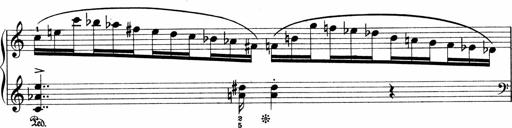
Title: Sonatina No.1
Composer: Otto Stoll
Key: C major